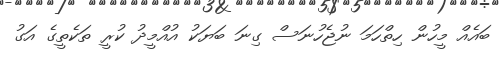
ބައެއް މީހުން ހިތްހަމަ ނުޖެހުނަސް ގިނަ ބަޔަކު އުއްމީދު ކުރީ ތަކެތީގެ އަގު